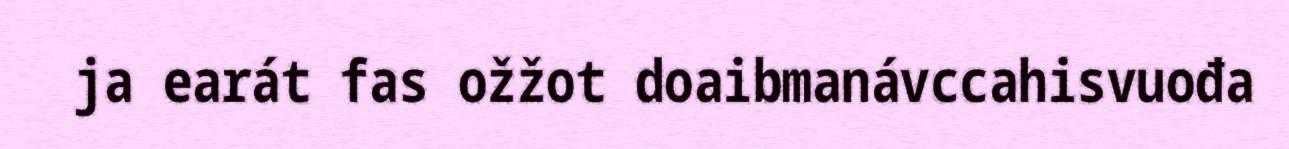
ja earát fas ožžot doaibmanávccahisvuođa